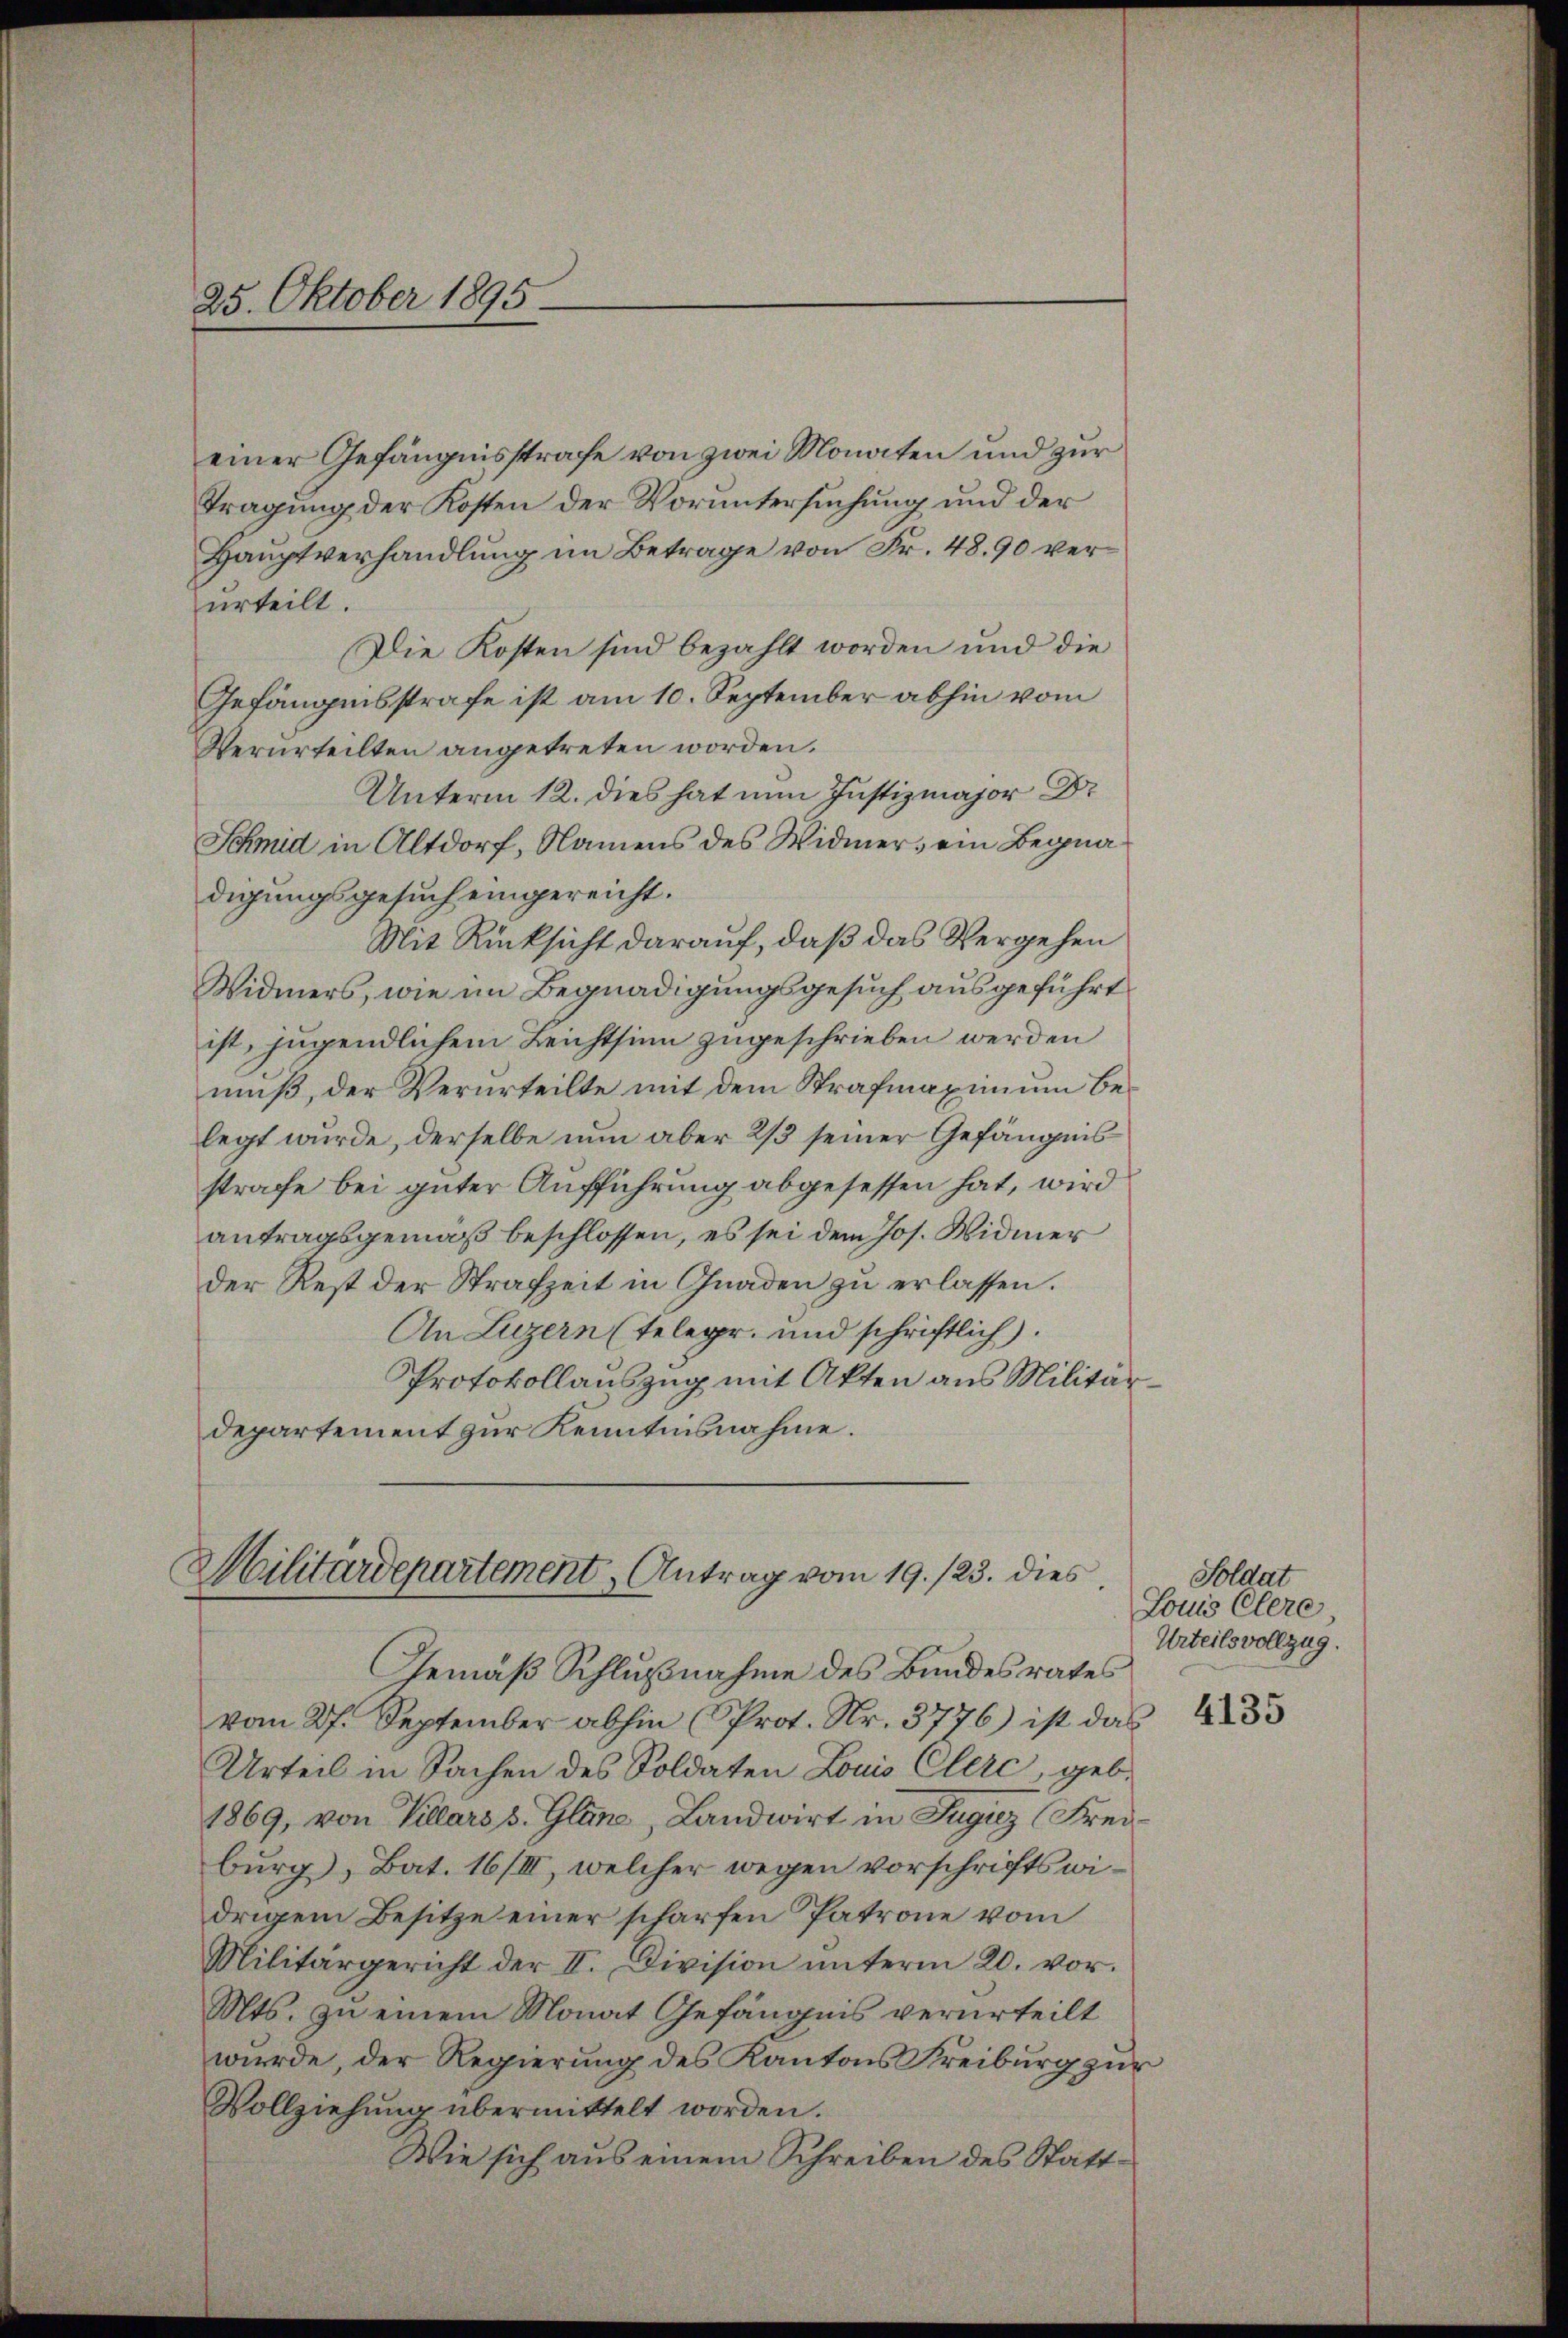
25. Oktober 1895.

einer Gefängnisstrafe von zwei Monaten und zur
Tragung der Kosten der Voruntersuchung und der
Hauptverhandlung im Betrage von Fr. 4890 verurteilt.
Die Kosten sind bezahlt worden und die
Gefängnisstrafe ist am 10. September abhin vom
Verurteilten angetreten worden.
Unterm 12. dies hat nun Justizmajor Dr
Schmid in Altdorf, Namens des Widmer, ein Begnadigungsgesuch eingereicht.
Mit Rücksicht darauf, daß das Vergehen
Widmers, wie im Begnadigungsgesuch ausgeführt
ist, jugendlichem Leichtsinn zugeschrieben werden
muß, der Verurteilte mit dem Strafmaxinium belegt wurde, derselbe nun aber 2/3 seiner Gefängnis
strafe bei guter Aufführung abgesessen hat, wird
antragsgemäß beschlossen, es sei dem Jos. Widmer
der Rest der Strafzeit in Gnaden zu erlassen.
An Luzern (Telegr. und schriftlich).
Protokollauszug mit Akten aus Militärdepartement zur Kenntnisnahme.

Militärdepartement Antrag vom 19. 123. dies

Gemäß Schlußnahme des Bundesrates
vom 27. September abhin (Prot. Nr. 3776) ist das 433
Urteil in Sachen des Soldaten Louis Clerc, geb.
1869, von Villars s. Glane, Landwirt in Jugiz (Freiburg), Bat. 16/III, welcher wegen vorschrifts widrigem Besitze einer scharfen Patrone vom
Militärgericht der II. Division ŭnterm 20. vor.
Mts. zu einem Monat Gefängnis verurteilt
wurde, der Regierung des Kantons Freiburg zur
Vollziehung übermittelt worden.
Wie sich aus einem Schreiben des Statt-

Soldat
Louis Clere
Urteilsvollzug.